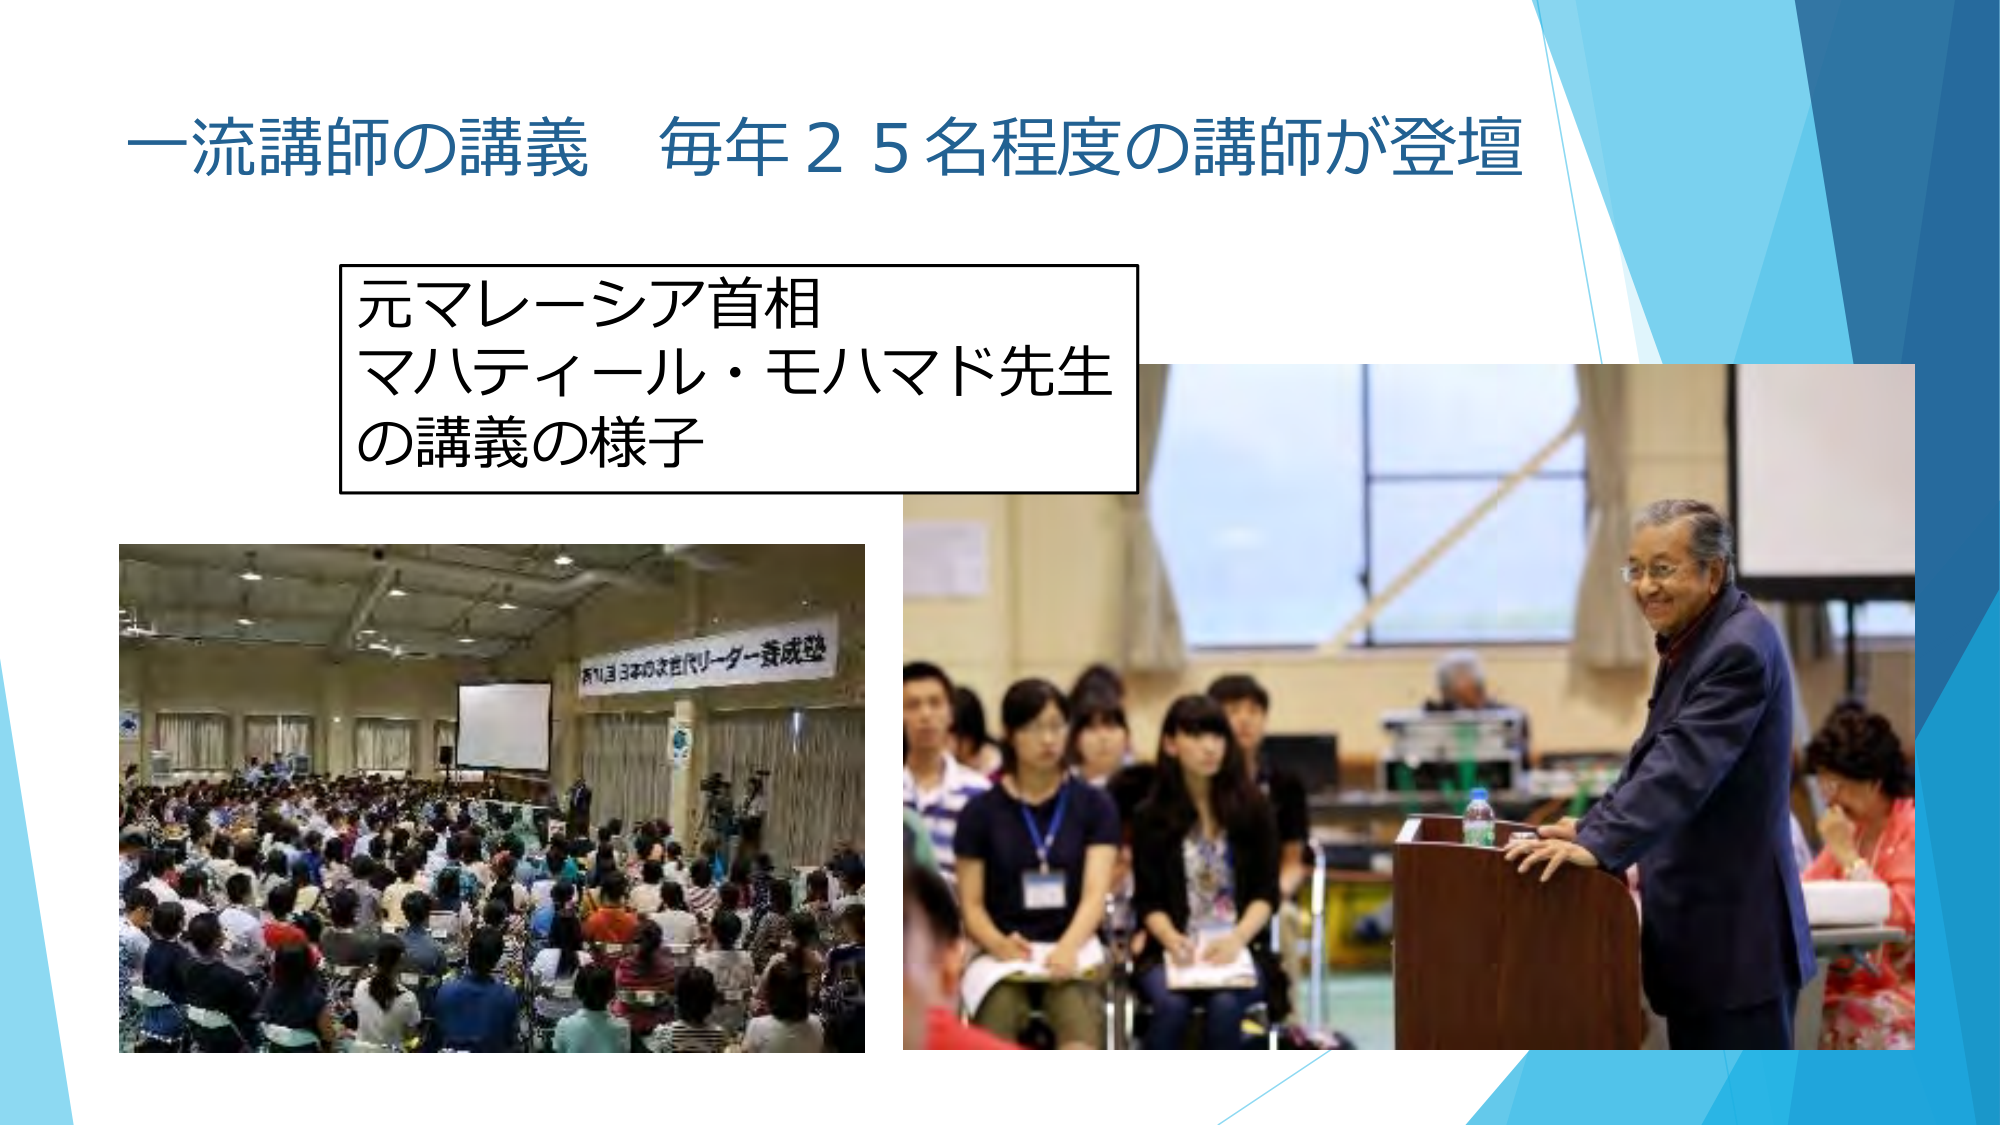
一流講師の講義 毎年２５名程度の講師が登壇

元マレーシア首相
マハティール・モハマド先生
の講義の様子

青い日本の次世代リーダー養成塾